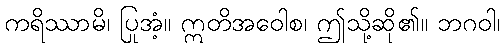
ကရိဿာမိ၊ ပြုအံ့။ ဣတိအဝေါစ၊ ဤသို့ဆို၏။ ဘဂဝါ၊